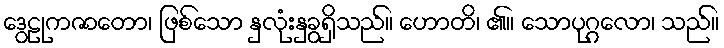
ဒွေဠုကဇာတော၊ ဖြစ်သော နှလုံးနှခွရှိသည်။ ဟောတိ၊ ၏။ သောပုဂ္ဂလော၊ သည်။